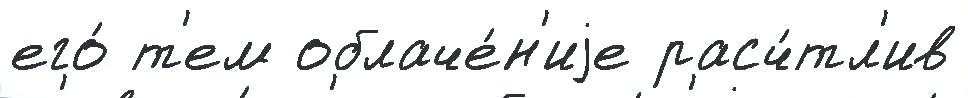
его́ т'ем облаче́н'иjе расч́тл'ив